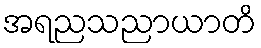
အရညသညာယာတိ